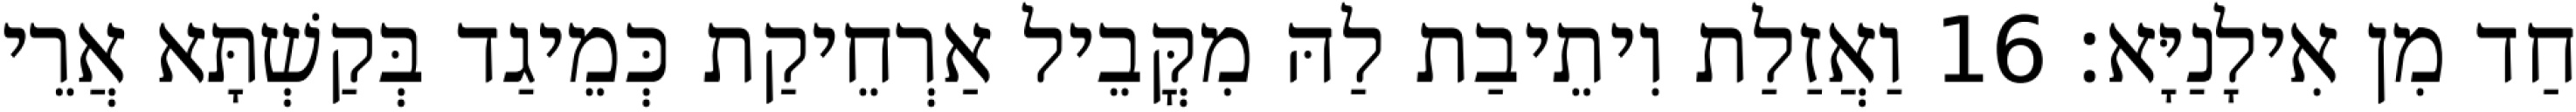
חַד מִן אִילָנַיָּא׃ 16 וַאֲזַלַת וִיתֵיבַת לַהּ מִקֳּבֵיל אַרְחֵיקַת כְּמֵיגַד בְּקַשְׁתָּא אֲרֵי